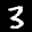
Label: 3